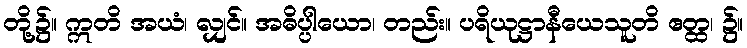
တို့၌။ ဣတိ အယံ၊ လျှင်။ အဓိပ္ပါယော၊ တည်း။ ပရိယုဋ္ဌာနီယေသူတိ ဧတ္ထ၊ ၌။